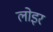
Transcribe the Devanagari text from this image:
लोइर